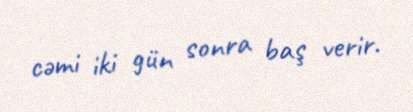
cəmi iki gün sonra baş verir.